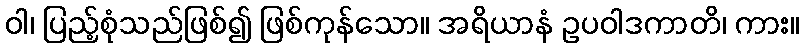
ဝါ၊ ပြည့်စုံသည်ဖြစ်၍ ဖြစ်ကုန်သော။ အရိယာနံ ဥပဝါဒကာတိ၊ ကား။